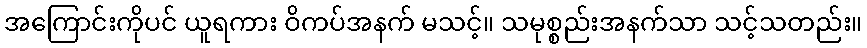
အကြောင်းကိုပင် ယူရကား ဝိကပ်အနက် မသင့်။ သမုစ္စည်းအနက်သာ သင့်သတည်း။